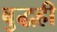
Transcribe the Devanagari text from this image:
बुद्धही